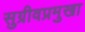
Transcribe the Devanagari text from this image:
सुग्रीवप्रमुखा